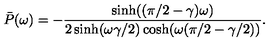
\bar { P } ( \omega ) = - \frac { \sinh ( ( \pi / 2 - \gamma ) \omega ) } { 2 \sinh ( \omega \gamma / 2 ) \cosh ( \omega ( \pi / 2 - \gamma / 2 ) ) } .